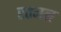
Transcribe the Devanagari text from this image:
रतनल